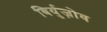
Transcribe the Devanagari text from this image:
बिर्युज़ोव